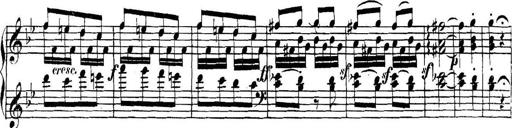
Title: Collected Piano Sonatas
Composer: Muzio Clementi